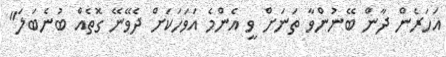
އަހަރެން ދާން ބޭނުންވާ ތަނަށް ވީ އެންމެ އަވަހަކަށް ދެވޭނޭ ގޮތެއް ބުނެބަލަ"